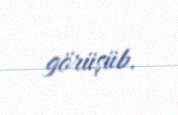
görüşüb.